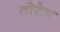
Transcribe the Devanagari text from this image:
तोटेच